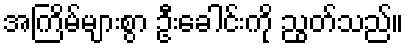
အကြိမ်များစွာ ဦးခေါင်းကို ညွတ်သည်။